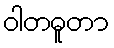
ဝါတဓူတာ